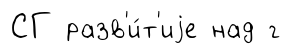
СГ разв'и́т'иjе над г